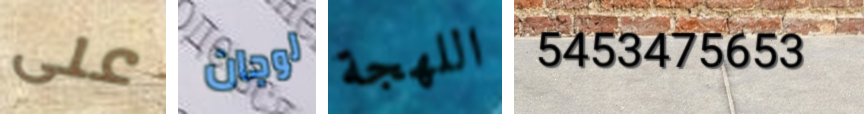
على لوجان اللهجة 5453475653